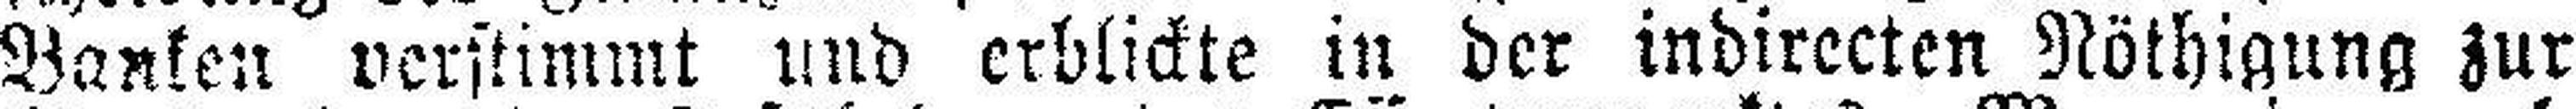
Banken verstimmt und erblickte in der indirecten Nöthigung zur